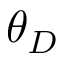
\theta _ { D }